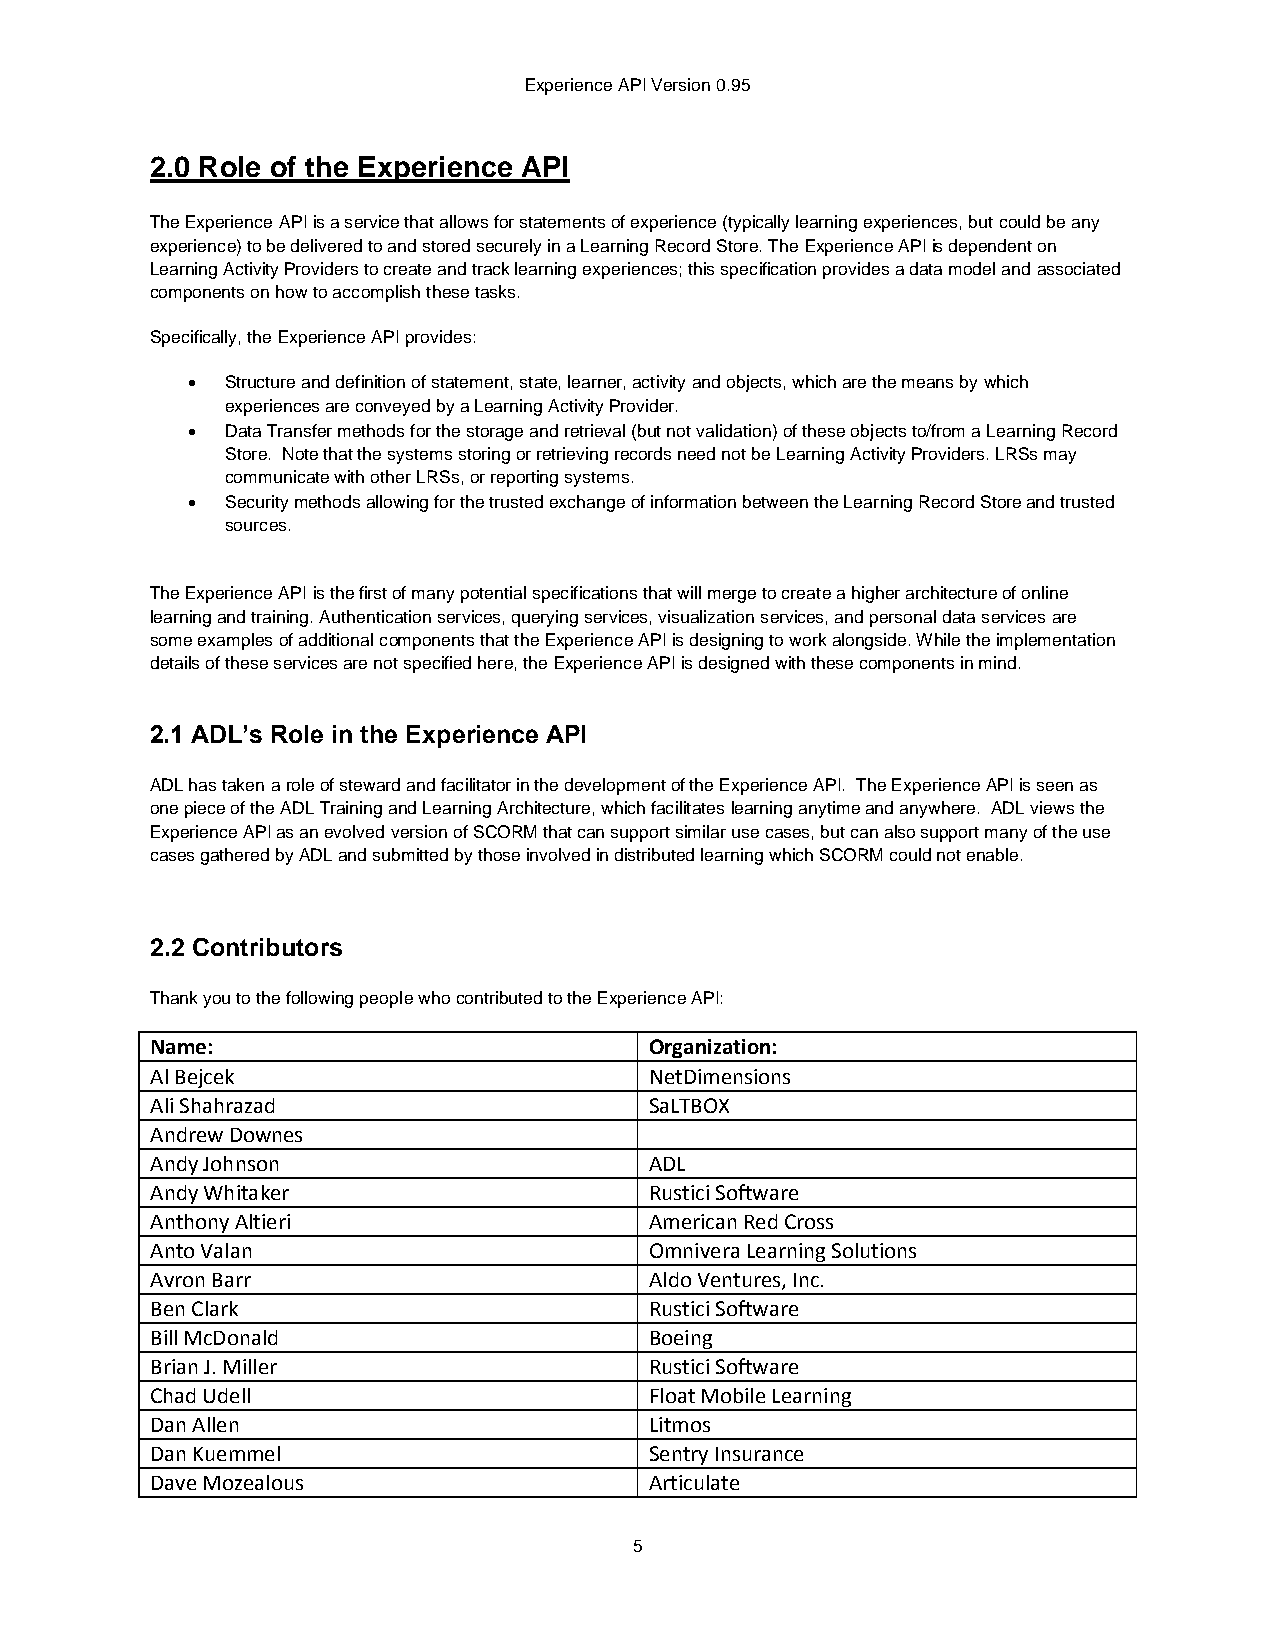
Experience API Version 0.95
 2.0 Role of the Experience API
 The Experience API is a service that allows for statements of experience (typically learning experiences, but could be any
 experience) to be delivered to and stored securely in a Learning Record Store. The Experience API is dependent on
 Learning Activity Providers to create and track learning experiences; this specification provides a data model and associated
 components on how to accomplish these tasks.
 Specifically, the Experience API provides:
   Structure and definition of statement, state, learner, activity and objects, which are the means by which
 experiences are conveyed by a Learning Activity Provider.
   Data Transfer methods for the storage and retrieval (but not validation) of these objects to/from a Learning Record
 Store. Note that the systems storing or retrieving records need not be Learning Activity Providers. LRSs may
 communicate with other LRSs, or reporting systems.
   Security methods allowing for the trusted exchange of information between the Learning Record Store and trusted
 sources.
 The Experience API is the first of many potential specifications that will merge to create a higher architecture of online
 learning and training. Authentication services, querying services, visualization services, and personal data services are
 some examples of additional components that the Experience API is designing to work alongside. While the implementation
 details of these services are not specified here, the Experience API is designed with these components in mind.
 2.1 ADL’s Role in the Experience API
 ADL has taken a role of steward and facilitator in the development of the Experience API. The Experience API is seen as
 one piece of the ADL Training and Learning Architecture, which facilitates learning anytime and anywhere. ADL views the
 Experience API as an evolved version of SCORM that can support similar use cases, but can also support many of the use
 cases gathered by ADL and submitted by those involved in distributed learning which SCORM could not enable.
 2.2 Contributors
 Thank you to the following people who contributed to the Experience API:
 Name:                            Organization:
 Al Bejcek                        NetDimensions
 Ali Shahrazad                    SaLTBOX
 Andrew Downes
 Andy Johnson                     ADL
 Andy Whitaker                    Rustici Software
 Anthony Altieri                  American Red Cross
 Anto Valan                       Omnivera Learning Solutions
 Avron Barr                       Aldo Ventures, Inc.
 Ben Clark                        Rustici Software
 Bill McDonald                    Boeing
 Brian J. Miller                  Rustici Software
 Chad Udell                       Float Mobile Learning
 Dan Allen                        Litmos
 Dan Kuemmel                      Sentry Insurance
 Dave Mozealous                   Articulate
 5